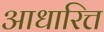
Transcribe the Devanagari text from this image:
आधारित्त